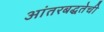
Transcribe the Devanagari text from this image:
आंतरबद्धतेची